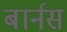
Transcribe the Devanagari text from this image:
बार्नस